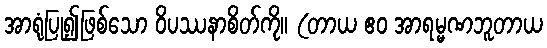
အာရုံပြု၍ဖြစ်သော ဝိပဿနာစိတ်ကို။ (တာယ ဧဝ အာရမ္မဏဘူတာယ